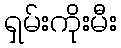
ရှမ်းကိုးမီး